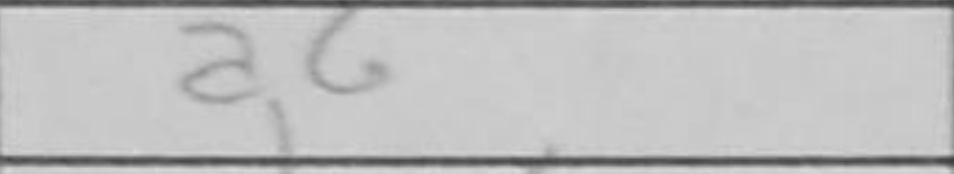
Transcription: a6